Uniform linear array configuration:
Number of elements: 4
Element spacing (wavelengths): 0.25
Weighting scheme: kaiser
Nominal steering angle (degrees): -60
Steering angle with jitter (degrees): -59.647
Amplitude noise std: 0.05
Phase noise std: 0.05

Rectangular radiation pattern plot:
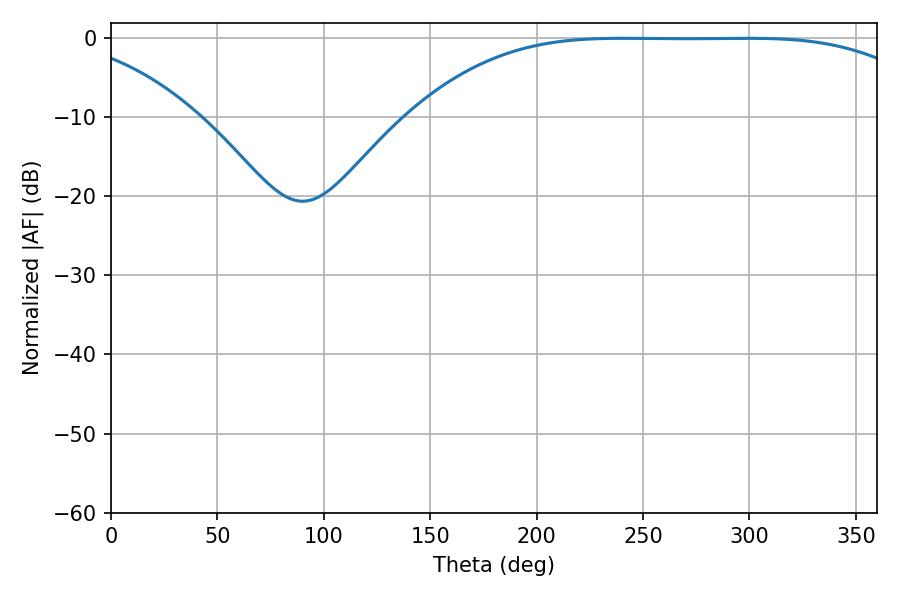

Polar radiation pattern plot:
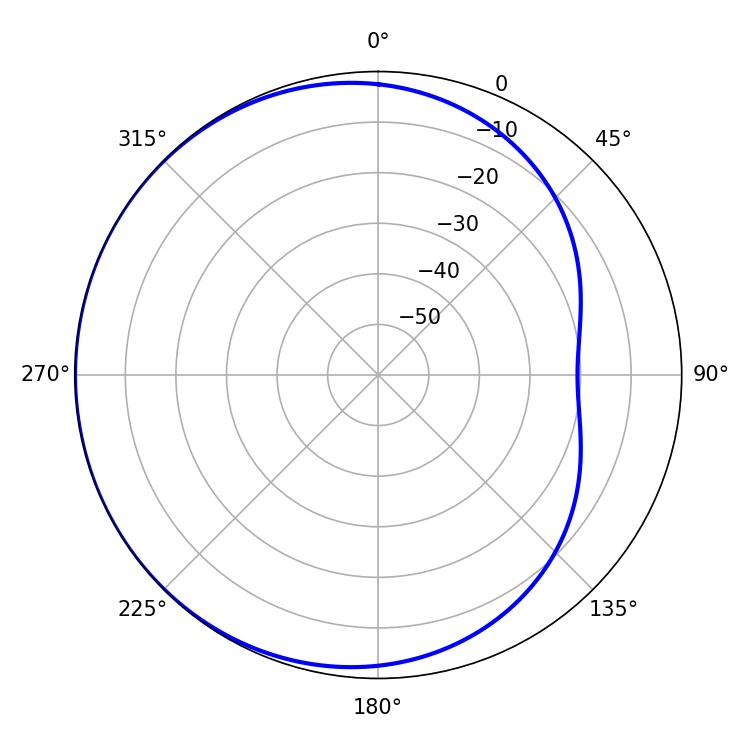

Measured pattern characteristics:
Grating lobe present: FALSE
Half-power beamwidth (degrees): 184.14
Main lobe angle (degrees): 240.84